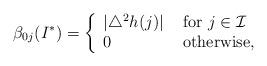
LaTeX: \begin{align*}\beta_{0j}(I^*) = \left\{ \begin{array}{ll} |\triangle^2h(j) | &\mbox{ for }j\in \mathcal I\\ 0 &\mbox{ otherwise, } \end{array} \right.\end{align*}